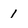
Character: 1